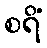
စရိံ